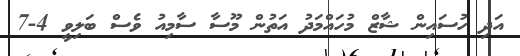
އަދި ހުސައިން ޝާޒް މުހައްމަދު އަތުން މޫސާ ސާމިއު ވެސް ބަލިވީ 4-7